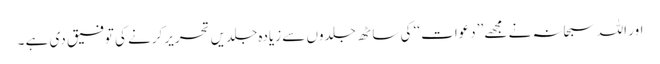
اور اللہ سبحانہ نے مجھے ’’دعوات ‘‘ کی ساٹھ جلدوں سے زیادہ جلدیں تحریر کرنے کی توفیق دی ہے ۔